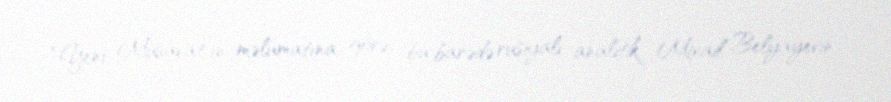
“Yeni Müsavat”ın məlumatına görə, bu barədə rusiyalı analitik Mixail Belyayevin